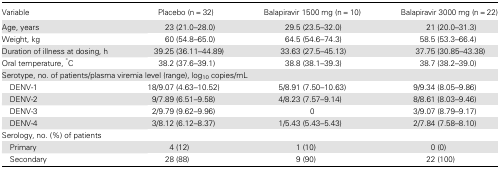
<table><thead><tr><td><b>Variable</b></td><td><b>Placebo (n = 32)</b></td><td><b>Balapiravir 1500 mg (n = 10)</b></td><td><b>Balapiravir 3000 mg (n = 22)</b></td></tr></thead><tbody><tr><td>Age, years</td><td>23 (21.0–28.0)</td><td>29.5 (23.5–32.0)</td><td>21 (20.0–31.3)</td></tr><tr><td>Weight, kg</td><td>60 (54.8–65.0)</td><td>64.5 (54.6–74.3)</td><td>58.5 (53.3–66.4)</td></tr><tr><td>Duration of illness at dosing, h</td><td>39.25 (36.11–44.89)</td><td>33.63 (27.5–45.13)</td><td>37.75 (30.85–43.38)</td></tr><tr><td>Oral temperature, <sup>°</sup>C</td><td>38.2 (37.6–39.1)</td><td>38.8 (38.1–39.3)</td><td>38.7 (38.2–39.0)</td></tr><tr><td colspan="4">Serotype, no. of patients/plasma viremia level (range), log<sub>10</sub> copies/mL</td></tr><tr><td> DENV-1</td><td>18/9.07 (4.63–10.52)</td><td>5/8.91 (7.50–10.63)</td><td>9/9.34 (8.05–9.86)</td></tr><tr><td> DENV-2</td><td>9/7.89 (6.51–9.58)</td><td>4/8.23 (7.57–9.14)</td><td>8/8.61 (8.03–9.46)</td></tr><tr><td> DENV-3</td><td>2/9.79 (9.62–9.96)</td><td>0</td><td>3/9.07 (8.79–9.17)</td></tr><tr><td> DENV-4</td><td>3/8.12 (6.12–8.37)</td><td>1/5.43 (5.43–5.43)</td><td>2/7.84 (7.58–8.10)</td></tr><tr><td colspan="4">Serology, no. (%) of patients</td></tr><tr><td> Primary</td><td>4 (12)</td><td>1 (10)</td><td>0 (0)</td></tr><tr><td> Secondary</td><td>28 (88)</td><td>9 (90)</td><td>22 (100)</td></tr></tbody></table>